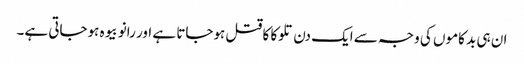
ان ہی بد کاموں کی وجہ سے ایک دن تلوکا کا قتل ہوجاتا ہے اور رانو بیوہ ہوجاتی ہے۔